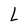
Character: L